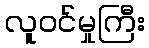
လူဝင်မှုကြီး